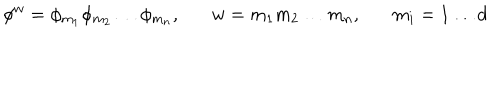
LaTeX: \phi ^ { w } = \phi _ { m _ { 1 } } \phi _ { m _ { 2 } } \ldots \phi _ { m _ { n } } , w = m _ { 1 } m _ { 2 } \ldots m _ { n } , m _ { i } = 1 \ldots d